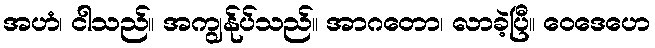
အဟံ၊ ငါသည်။ အကျွန်ုပ်သည်။ အာဂတော၊ လာခဲ့ပြီ။ ဝေဒေဟေ